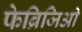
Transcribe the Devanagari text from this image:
फेब्रिजिओ